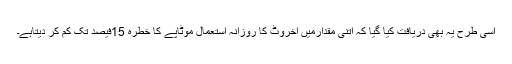
اسی طرح یہ بھی دریافت کیا گیا کہ اتنی مقدارمیں اخروٹ کا روزانہ استعمال موٹاپے کا خطرہ 15فیصد تک کم کر دیتاہے۔